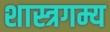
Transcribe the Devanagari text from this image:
शास्त्रगम्य